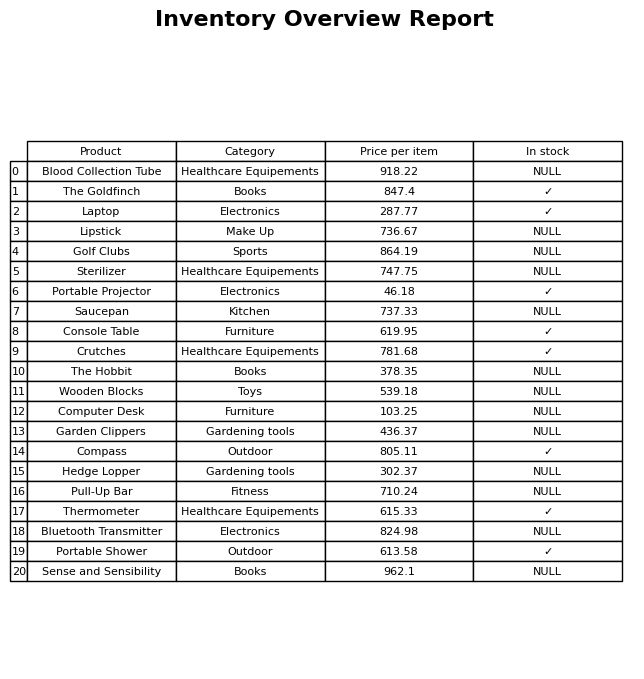
question: Which products are available in stock?
answer: The Goldfinch, Laptop, Portable Projector, Console Table, Crutches, Compass, Thermometer, Portable Shower